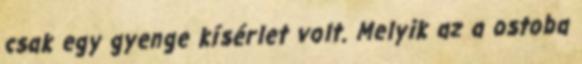
csak egy gyenge kísérlet volt. Melyik az a ostoba